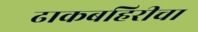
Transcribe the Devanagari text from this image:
ढाकबहिरीचा